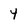
Character: 4